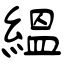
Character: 緼